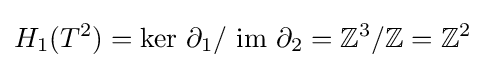
H_{1}(T^{2})={\text{ker }}\partial _{1}/{\text{ im }}\partial _{2}=\mathbb {Z} ^{3}/\mathbb {Z} =\mathbb {Z} ^{2}